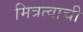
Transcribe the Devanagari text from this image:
मित्रत्वाची